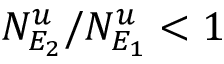
N _ { E _ { 2 } } ^ { u } / N _ { E _ { 1 } } ^ { u } < 1